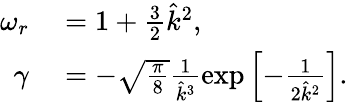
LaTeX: \begin{array}{rl}{\omega_{r}}&{{}=1+\frac{3}{2}\hat{k}^{2},}\\ {\gamma}&{{}=-\sqrt{\frac{\pi}{8}}\frac{1}{\hat{k}^{3}}\exp\left[-\frac{1}{2\hat{k}^{2}}\right].}\end{array}